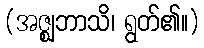
(အဇ္ဈဘာသိ၊ ရွတ်၏။)